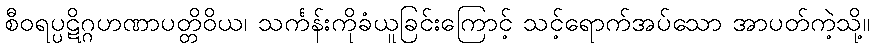
စီဝရပ္ပဋိဂ္ဂဟဏာပတ္တိဝိယ၊ သင်္ကန်းကိုခံယူခြင်းကြောင့် သင့်ရောက်အပ်သော အာပတ်ကဲ့သို့။